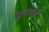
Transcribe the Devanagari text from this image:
बहुमंजिलीय